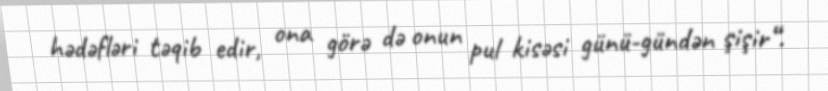
hədəfləri təqib edir, ona görə də onun pul kisəsi günü-gündən şişir“.